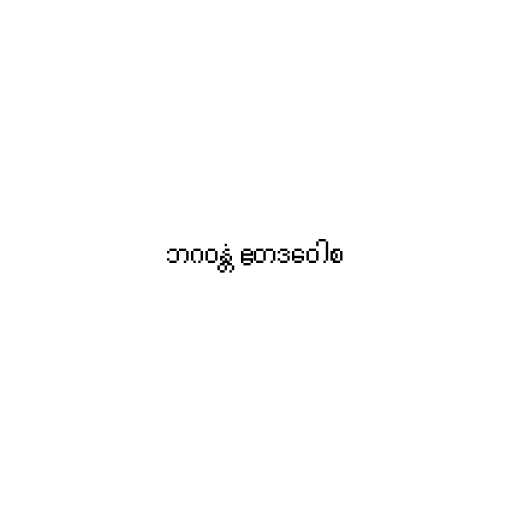
ဘဂဝန္တံ ဧတဒဝေါစ